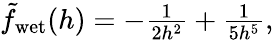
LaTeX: \begin{array}{r}{\tilde{f}_{\mathrm{wet}}(h)=-\frac{1}{2h^{2}}+\frac{1}{5h^{5}},}\end{array}